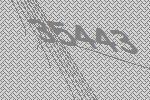
35443